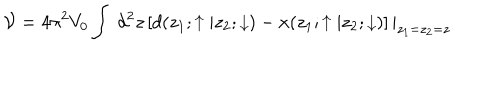
{ \cal V } = 4 \pi ^ { 2 } V _ { 0 } \int { { \ d ^ { 2 } z } } \left[ d ( z _ { 1 } ; \uparrow | z _ { 2 } ; \downarrow ) - x ( z _ { 1 } ; \uparrow | z _ { 2 } ; \downarrow ) \right] | _ { z _ { 1 } = z _ { 2 } = z }